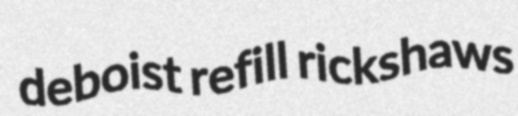
deboist refill rickshaws